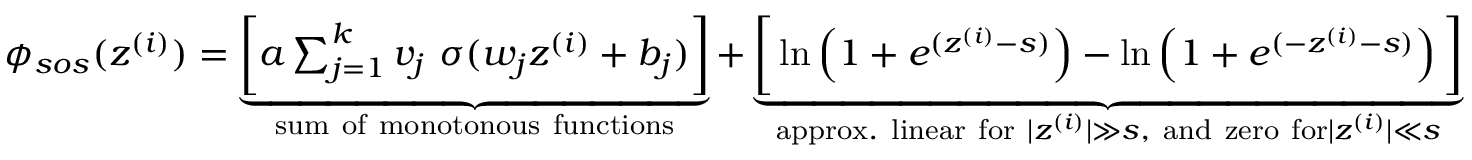
\begin{array} { r } { \phi _ { s o s } ( z ^ { ( i ) } ) = \underbrace { \bigg [ a \sum _ { j = 1 } ^ { k } v _ { j } \ \sigma ( w _ { j } z ^ { ( i ) } + b _ { j } ) \bigg ] } _ { \mathrm { s u m ~ o f ~ m o n o t o n o u s ~ f u n c t i o n s } } + \underbrace { \bigg [ \ln \left( 1 + e ^ { ( z ^ { ( i ) } - s ) } \right) - \ln \left( 1 + e ^ { ( - z ^ { ( i ) } - s ) } \right) \bigg ] } _ { \mathrm { a p p r o x . ~ l i n e a r ~ f o r ~ } | z ^ { ( i ) } | \gg s \mathrm { , ~ a n d ~ z e r o ~ f o r } | z ^ { ( i ) } | \ll s } } \end{array}